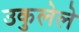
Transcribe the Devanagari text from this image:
उकुलेले